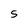
Character: S